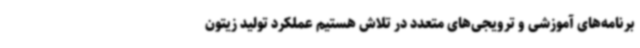
برنامه‌های آموزشی و ترویجی‌های متعدد در تلاش هستیم عملکرد تولید زیتون